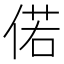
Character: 偌